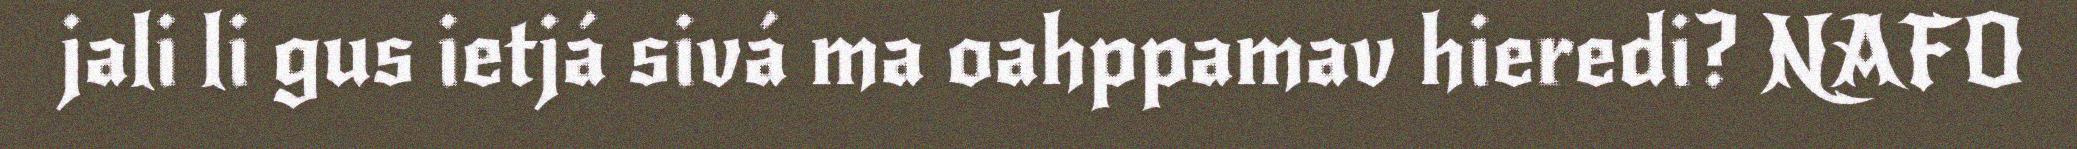
jali li gus ietjá sivá ma oahppamav hieredi? NAFO